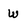
Character: w